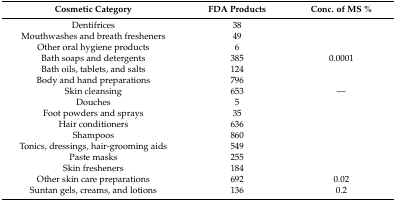
<table><thead><tr><td><b>Cosmetic Category</b></td><td><b>FDA Products</b></td><td><b>Conc. of MS %</b></td></tr></thead><tbody><tr><td>Dentifrices</td><td>38</td><td>[EMPTY_CELL]</td></tr><tr><td>Mouthwashes and breath fresheners</td><td>49</td><td>[EMPTY_CELL]</td></tr><tr><td>Other oral hygiene products</td><td>6</td><td>[EMPTY_CELL]</td></tr><tr><td>Bath soaps and detergents</td><td>385</td><td>0.0001</td></tr><tr><td>Bath oils, tablets, and salts</td><td>124</td><td>[EMPTY_CELL]</td></tr><tr><td>Body and hand preparations</td><td>796</td><td>[EMPTY_CELL]</td></tr><tr><td>Skin cleansing</td><td>653</td><td>—</td></tr><tr><td>Douches</td><td>5</td><td>[EMPTY_CELL]</td></tr><tr><td>Foot powders and sprays</td><td>35</td><td>[EMPTY_CELL]</td></tr><tr><td>Hair conditioners</td><td>636</td><td>[EMPTY_CELL]</td></tr><tr><td>Shampoos</td><td>860</td><td>[EMPTY_CELL]</td></tr><tr><td>Tonics, dressings, hair-grooming aids</td><td>549</td><td>[EMPTY_CELL]</td></tr><tr><td>Paste masks</td><td>255</td><td>[EMPTY_CELL]</td></tr><tr><td>Skin fresheners</td><td>184</td><td>[EMPTY_CELL]</td></tr><tr><td>Other skin care preparations</td><td>692</td><td>0.02</td></tr><tr><td>Suntan gels, creams, and lotions</td><td>136</td><td>0.2</td></tr></tbody></table>